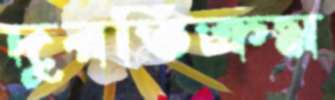
দুরতিক্রম